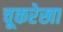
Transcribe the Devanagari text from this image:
चूकरेखा